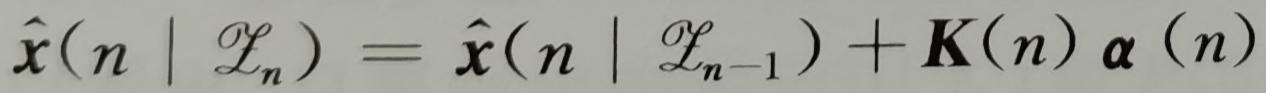
$\hat{\boldsymbol{x}}(n \mid \mathcal{L}_{n})=\hat{\boldsymbol{x}}(n \mid \mathcal{L}_{n - 1})+\boldsymbol{K}(n) \boldsymbol{\alpha}(n)$